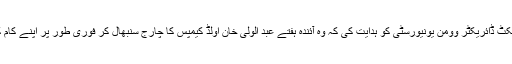
انہوں نے پراجیکٹ ڈائریکٹر وومن یونیورسٹی کو ہدایت کی کہ وہ آئندہ ہفتے عبد الولی خان اولڈ کیمپس کا چارج سنبھال کر فوری طور پر اپنے کام کا آغاز کر دیں۔